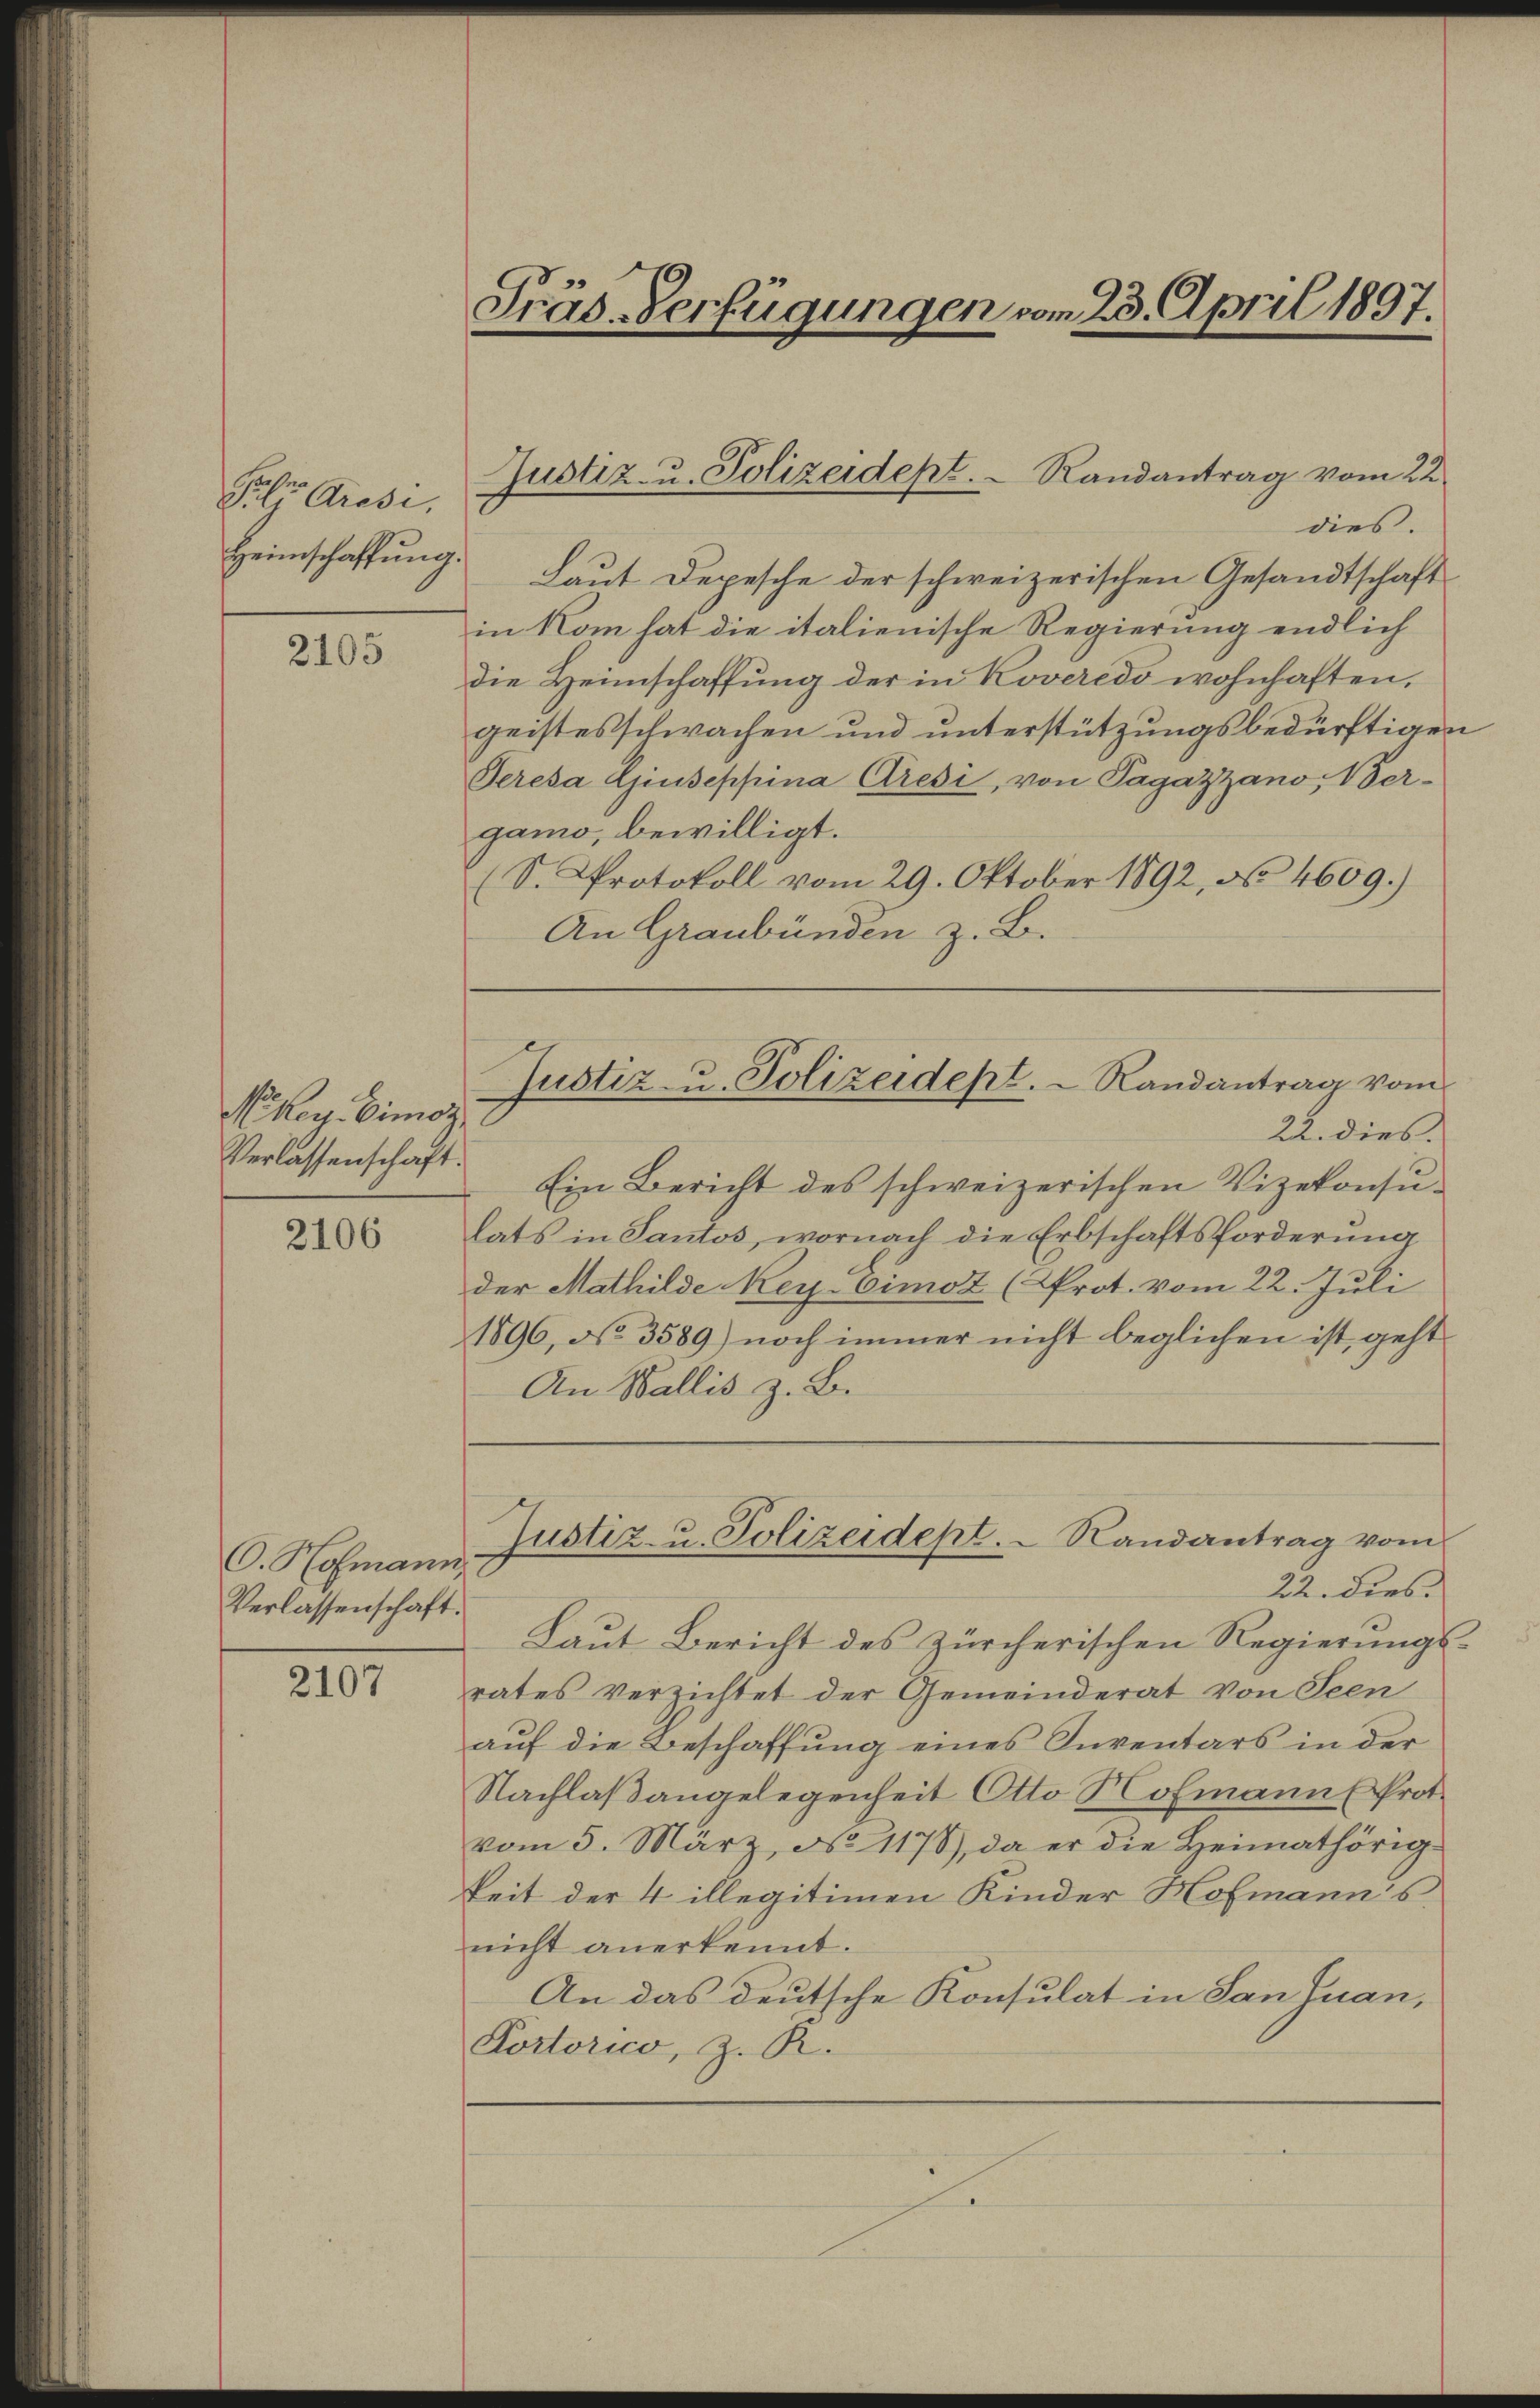
Sehr diese,
Heimschaffung.

2105

Nocken. Eimoz
Verlassenschaft.
2106

2107

O. Hofmann,
Verlassenschaft.

dies
Laut Depesche der schweizerischen Gesandtschaft
in Rom hat die italienische Regierung endlich
die Heimschaffung der in Koveredo wohnhaften,
geistesschwachen und unterstützungsbedürftigen
Peresa Giuseppina Gresi, von Tagazzano, Vergamo, bewilligt.
(S. Protokoll vom 29. Oktober 1892, No 4609.)
An Graubünden z. B.

Präs.-Verfügungen vom 23. April 1897.

Justiz- u. Polizeidept.  Randantrag vom 22

Rats in Pantos, wornach die Erbschaftsforderung
der Mathilde Key-Cimoz (Prot. vom 22. Juli
1896, No 3589) noch immer nicht beglichen ist, geht
An Wallis z. B.

Ein Bericht des schweizerischen Vizekonsu¬
Laut Bericht des Zürcherischen Regierungs-
rates verzichtet der Gemeinderat von Seen
auf die Beschaffung eines Inventars in der
Nachlaßangelegenheit Otto Nofmann (Prot.
vom 5. März, No 1178), da er die Heimathörigkeit der 4 illegitimen Kinder Hofmann's
nicht anerkennt.
An das deutsche Konsulat in San Quan,
Portorico, z. R.

Justiz- u. Polizeidest.  Randantrag vom
22. dies

Justiz- u. Polizeidept.  Randantrag vom
22. dies